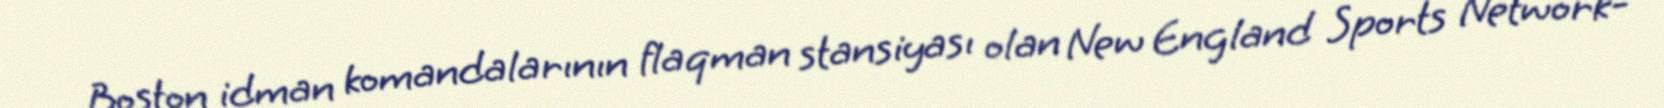
Boston idman komandalarının flaqman stansiyası olan New England Sports Network-